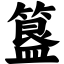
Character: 簋